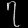
Digit: ၇